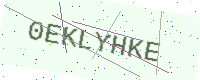
Text: 0EKLYHKE